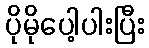
ပိုမိုပေါ့ပါးပြီး